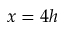
x = 4 h